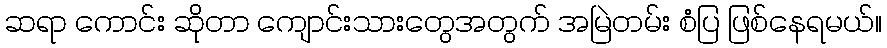
ဆရာ ကောင်း ဆိုတာ ကျောင်းသားတွေအတွက် အမြဲတမ်း စံပြ ဖြစ်နေရမယ်။